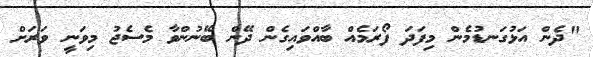
"ދެން އަޅުގަނޑުމެން މިފަދަ ފޯރަމެއް ބާއްވައިގެން ދޭން ބޭނުންވާ މެސެޖު މިވަނީ ވަރަށް